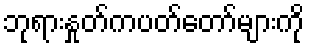
ဘုရားနှုတ်ကပတ်တော်များကို